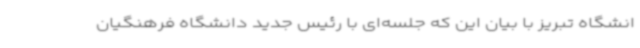
انشگاه تبریز با بیان این که جلسه‌ای با رئیس جدید دانشگاه فرهنگیان